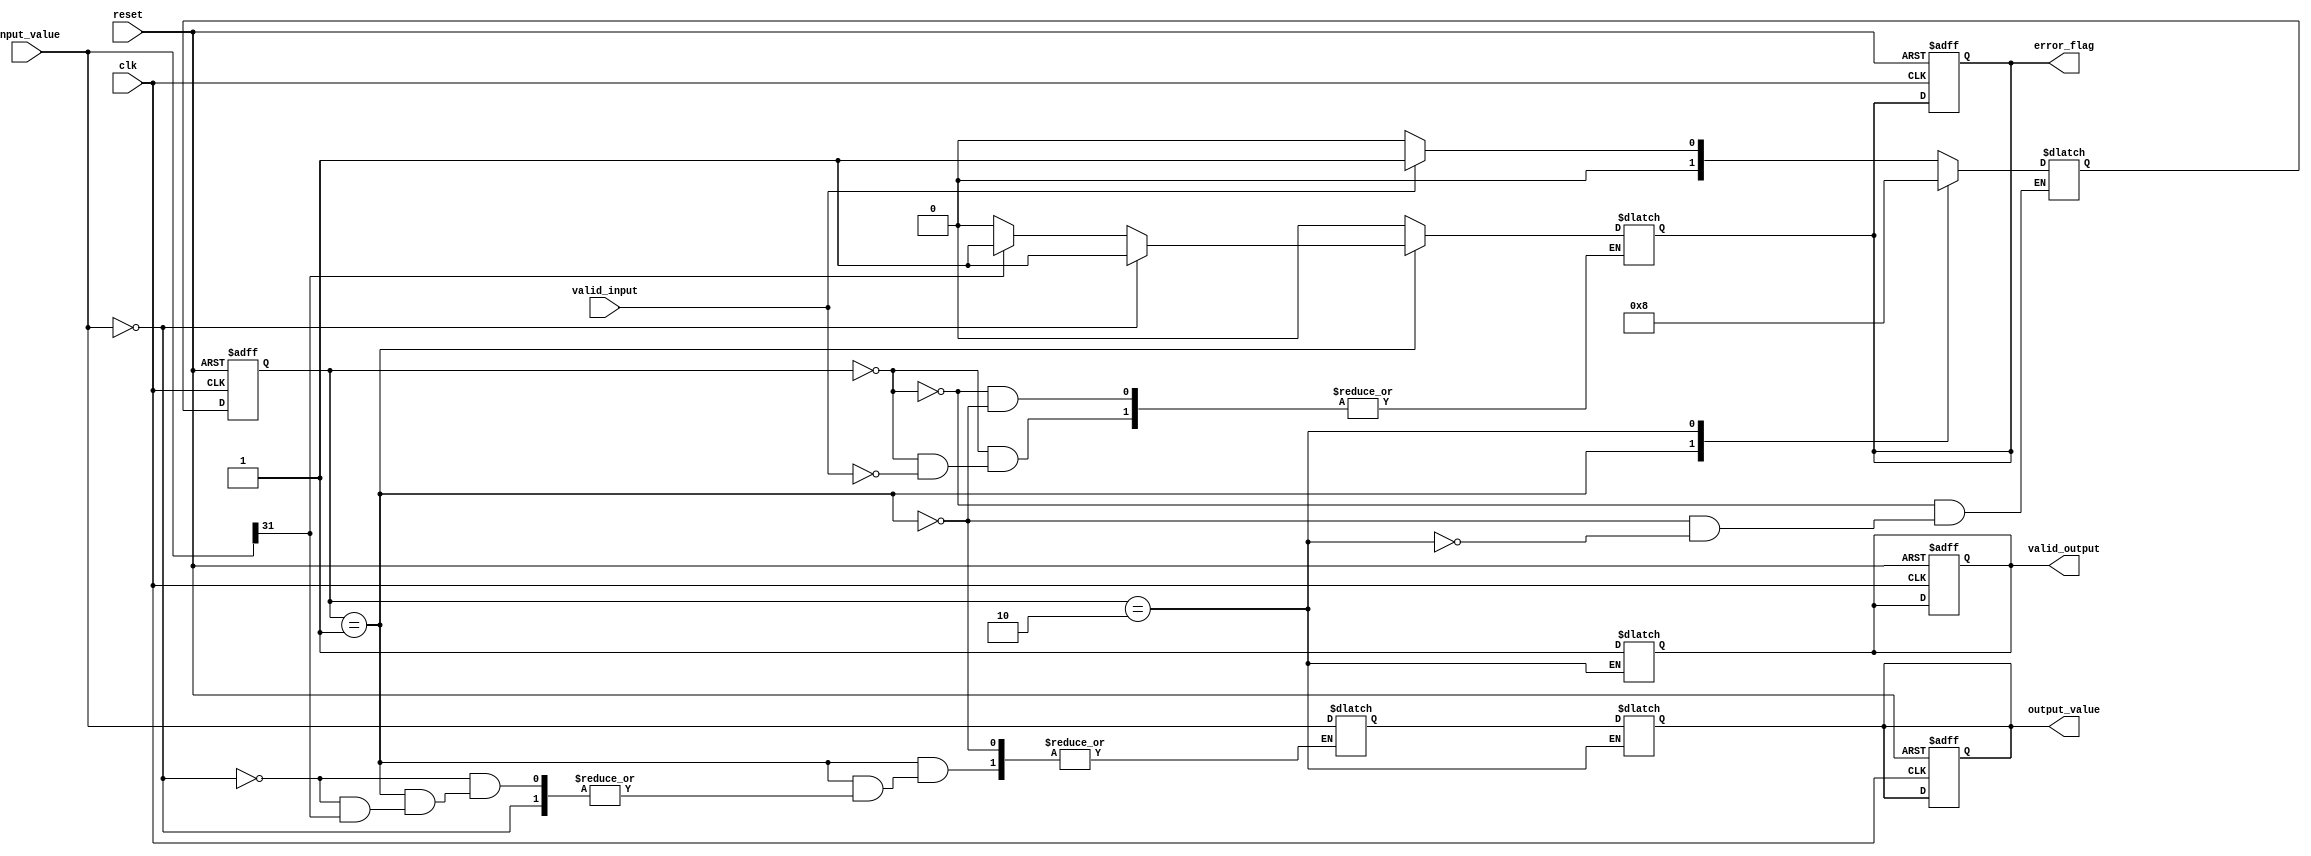
module LogarithmicUnit (
    input wire clk,
    input wire reset,
    input wire [31:0] input_value,  // Input floating-point value
    input wire valid_input,           // Indicates valid input
    output reg [31:0] output_value,  // Output logarithmic value
    output reg valid_output,          // Indicates valid output
    output reg error_flag             // Error flags for zero or negative inputs
);

    // Parameters
    parameter LOG_BASE = 2;           // Base for logarithm
    parameter IDLE = 2'b00;            // State definitions
    parameter PROCESS = 2'b01;
    parameter OUTPUT = 2'b10;

    // Internal signals
    reg [1:0] state, next_state;
    reg [31:0] log_value;

    // State transition logic
    always @(posedge clk or posedge reset) begin
        if (reset) begin
            state <= IDLE;
            output_value <= 32'b0;
            valid_output <= 1'b0;
            error_flag <= 1'b0;
        end else begin
            state <= next_state;
        end
    end

    // Next state logic
    always @* begin
        case (state)
            IDLE: begin
                if (valid_input) begin
                    next_state = PROCESS;
                    error_flag = 1'b0;
                end else begin
                    next_state = IDLE;
                end
            end
            PROCESS: begin
                // Check for invalid input
                if (input_value == 32'b0) begin
                    error_flag = 1'b1; // log(0) error
                    next_state = OUTPUT;
                end else if (input_value[31] == 1'b1) begin
                    error_flag = 1'b1; // Negative input error
                    next_state = OUTPUT;
                end else begin
                    error_flag = 1'b0;
                    // Compute logarithm (dummy logic here, replace with actual computation)
                    log_value = compute_log(input_value);
                    next_state = OUTPUT;
                end
            end
            OUTPUT: begin
                output_value = log_value;
                valid_output = 1'b1;
                next_state = IDLE; // Return to IDLE after output
            end
        endcase
    end

    // Placeholder for log computation logic
    function [31:0] compute_log;
        input [31:0] value;
        begin
            // Implement CORDIC or polynomial approximation logic here
            compute_log = value; // Placeholder for actual log computation
        end
    endfunction

endmodule